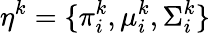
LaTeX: \eta^{k}=\{ \pi_{i}^{k},\mu_{i}^{k},\Sigma_{i}^{k}\}